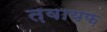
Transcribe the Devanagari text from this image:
त़वायफ़